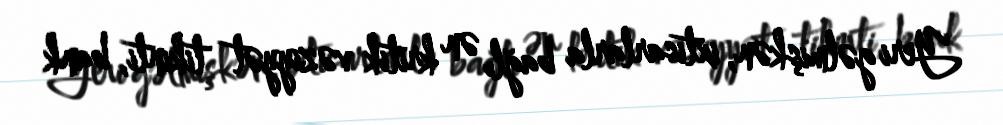
Yeri gəlmişkən, ixtisarlarla bağlı ən kritik vəziyyət tikinti, bank